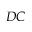
D C